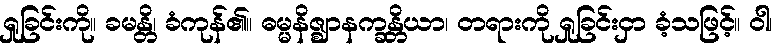
ရှုခြင်းကို။ ခမန္တိ၊ ခံကုန်၏။ ဓမ္မနိဇ္ဈာနက္ခန္တိယာ၊ တရားကို ရှုခြင်းငှာ ခံ့သဖြင့်။ ဝါ၊